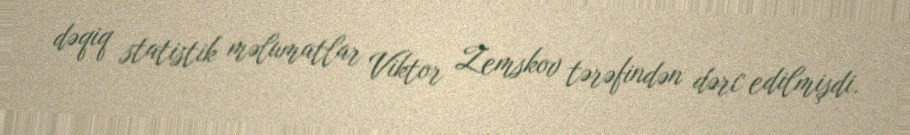
dəqiq statistik məlumatlar Viktor Zemskov tərəfindən dərc edilmişdi.